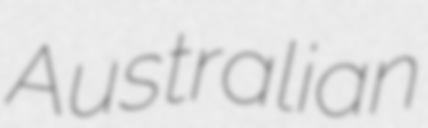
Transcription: Australian